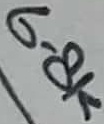
Text: 6.8K